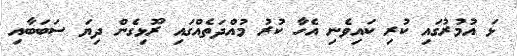
ޅަ އުމުރުގައި ކުރި ކައިވެނި އެހާ ކުރު މުއްދަތެއްގައި ރޫޅިގެން ދިޔަ ސަބަބާއި